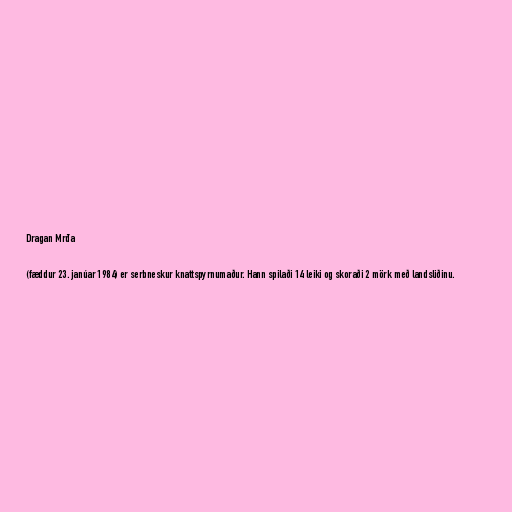
Dragan Mrđa

(fæddur 23. janúar 1984) er serbneskur knattspyrnumaður. Hann spilaði 14 leiki og skoraði 2 mörk með landsliðinu.